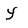
Character: Y